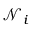
\mathcal { N } _ { i }